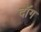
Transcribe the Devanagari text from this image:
दॉंग